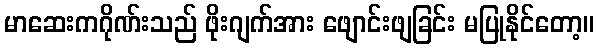
မာဆေးကဂိုဏ်းသည် ဖိုးဂျက်အား ဖျောင်းဖျခြင်း မပြုနိုင်တော့။